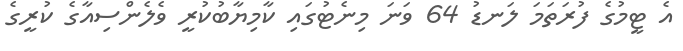
އެ ޓީމުގެ ފުރަތަމަ ލަނޑު 64 ވަނަ މިނެޓުގައި ކާމިޔާބުކުރީ ވެލެންސިއާގެ ކުރީގެ